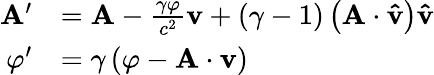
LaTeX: {\begin{array}{rl}{\mathbf{A}^{\prime}}&{=\mathbf{A}-{\frac{\gamma\varphi}{c^{2}}}\mathbf{v}+\left(\gamma-1\right)\left(\mathbf{A}\cdot\mathbf{\hat{v}}\right)\mathbf{\hat{v}}}\\ {\varphi^{\prime}}&{=\gamma\left(\varphi-\mathbf{A}\cdot\mathbf{v}\right)}\end{array}}